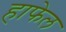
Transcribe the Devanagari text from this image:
हाफेल